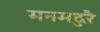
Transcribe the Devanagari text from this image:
मनमदुरै